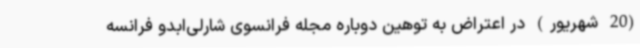
(20 شهریور) در اعتراض به توهین دوباره مجله فرانسوی شارلی‌ابدو فرانسه